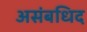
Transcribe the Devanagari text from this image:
असंबधिद